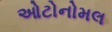
ઓટોનોમલ